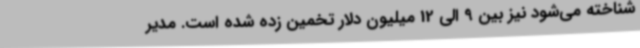
شناخته می‌شود نیز بین 9 الی 12 میلیون دلار تخمین زده شده است. مدیر